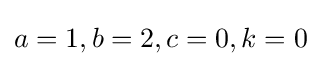
a=1,b=2,c=0,k=0